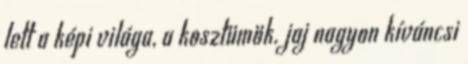
lett a képi világa, a kosztümök. jaj nagyon kíváncsi